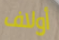
أولاف